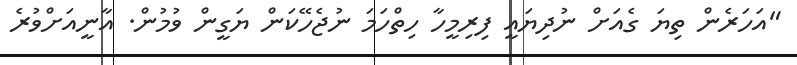
"އަހަރެން ތިޔަ ގެއަށް ނުދިޔައީ ފިރިމީހާ ހިތްހަމަ ނުޖެހޭކަން ޔަގީން ވުމުން. އާނީއަށްވުރެ